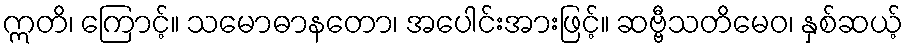
ဣတိ၊ ကြောင့်။ သမောဓာနတော၊ အပေါင်းအားဖြင့်။ ဆဗ္ဗီသတိမေဝ၊ နှစ်ဆယ့်